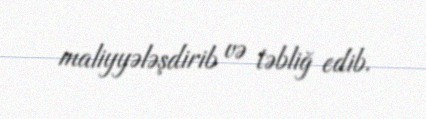
maliyyələşdirib və təbliğ edib.